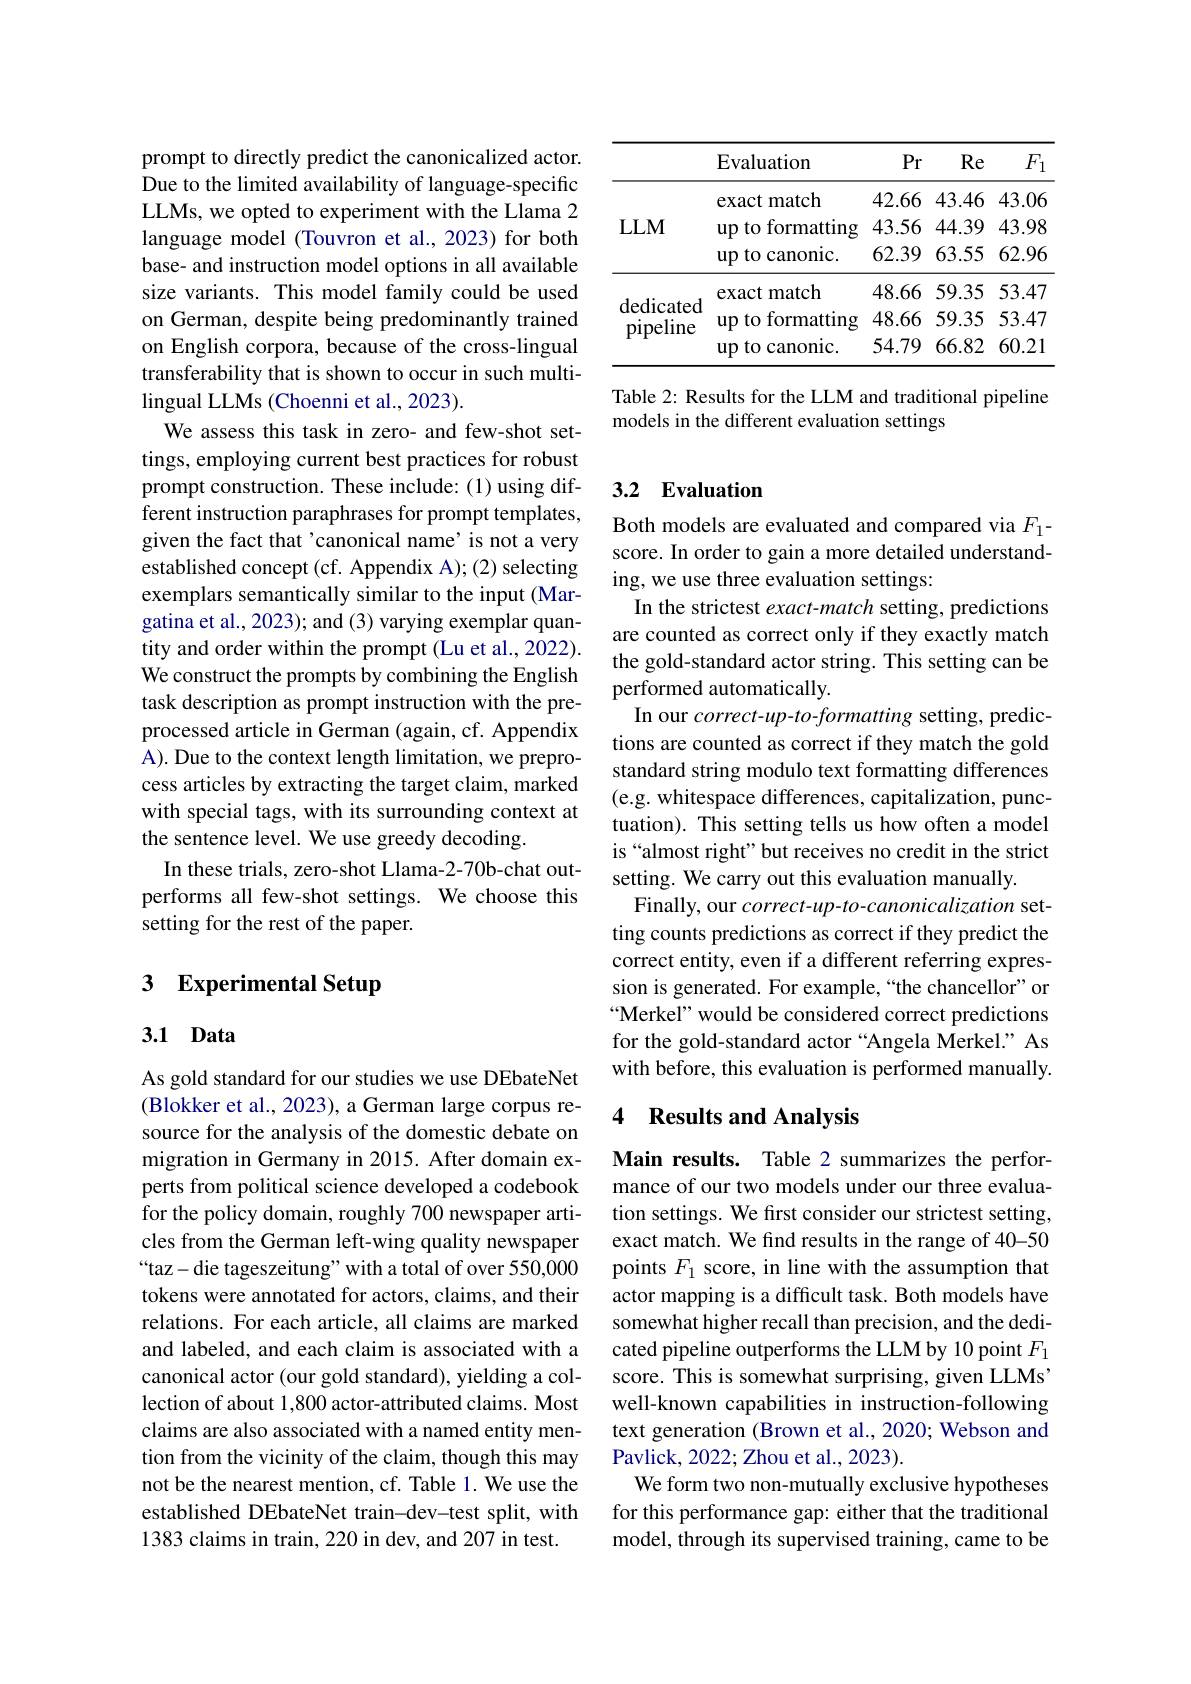
prompt to directly predict the canonicalized actor. Due to the limited availability of language-specific LLMs, we opted to experiment with the Llama 2 language model (Touvron et al., 2023) for both base- and instruction model options in all available size variants. This model family could be used on German, despite being predominantly trained on English corpora, because of the cross-lingual transferability that is shown to occur in such multilingual LLMs (Choenni et al., 2023).
We assess this task in zero- and few-shot settings, employing current best practices for robust prompt construction. These include: (1) using different instruction paraphrases for prompt templates, given the fact that'canonical name’is not a very established concept (cf. Appendix A);(2) selecting exemplars semantically similar to the input (Margatina et al., 2023); and (3) varying exemplar quantity and order within the prompt (Lu et al., 2022). We construct the prompts by combining the English task description as prompt instruction with the preprocessed article in German (again, cf. Appendix A). Due to the context length limitation, we preprocess articles by extracting the target claim, marked with special tags, with its surrounding context at the sentence level. We use greedy decoding.
In these trials, zero-shot Llama-2-70b-chat outperforms all few-shot settings. We choose this setting for the rest of the paper.

# 3 Experimental Setup

## 3.1 Data

As gold standard for our studies we use DEbateNet (Blokker et al., 2023), a German large corpus resource for the analysis of the domestic debate on migration in Germany in 2015. After domain experts from political science developed a codebook for the policy domain, roughly 700 newspaper articles from the German left-wing quality newspaper “taz- die tageszeitung” with a total of over 550,000 tokens were annotated for actors, claims, and their relations. For each article, all claims are marked and labeled, and each claim is associated with a canonical actor (our gold standard), yielding a collection of about 1,800 actor-attributed claims. Most claims are also associated with a named entity mention from the vicinity of the claim, though this may not be the nearest mention, cf. Table 1. We use the established DEbateNet train-dev-test split, with 1383 claims in train, 220 in dev, and 207 in test.

<table>
	<tbody>
		<tr>
			<th> </th>
			<th>Evaluation</th>
			<th>$Pr$</th>
			<th>Re</th>
			<th>$F_{1}$ </th>
		</tr>
		<tr>
			<td rowspan="3">$LLM$</td>
			<td>exact match</td>
			<td>42.66</td>
			<td>43.46</td>
			<td>43.06</td>
		</tr>
		<tr>
			<td>)to formatting $up$ 1 1</td>
			<td>43.56</td>
			<td>44.39</td>
			<td>43.98</td>
		</tr>
		<tr>
			<td>$up$ to canonic.</td>
			<td>62.39</td>
			<td>63.55</td>
			<td>62.96</td>
		</tr>
		<tr>
			<td> </td>
			<td>exact match</td>
			<td>48.66</td>
			<td>59.35</td>
			<td>53.47</td>
		</tr>
		<tr>
			<td rowspan="2">dedicated pipeline</td>
			<td>)to formatting $up$ 1 1</td>
			<td>48.66</td>
			<td>59.35</td>
			<td>53.47</td>
		</tr>
		<tr>
			<td>$up$ to canonic.</td>
			<td>54.79</td>
			<td>66.82</td>
			<td>60.21</td>
		</tr>
	</tbody>
</table>

Table 2: Results for the LLM and traditional pipeline
models in the different evaluation settings

## 3.2 Evaluation

Both models are evaluated and compared via $F_{1}$- score. In order to gain a more detailed understanding, we use three evaluation settings:
In the strictest exact-match setting, predictions are counted as correct only if they exactly match the gold-standard actor string. This setting can be performed automatically.
In our correct-up-to-formatting setting, predictions are counted as correct if they match the gold standard string modulo text formatting differences (e.g. whitespace differences, capitalization, punctuation). This setting tells us how often a model is “almost right”but receives no credit in the strict setting. We carry out this evaluation manually.
Finally, our correct-up-to-canonicalization setting counts predictions as correct if they predict the correct entity, even if a different referring expression is generated. For example,“the chancellor”or “Merkel” would be considered correct predictions for the gold-standard actor “Angela Merkel.” As with before, this evaluation is performed manually.

### 4 Results and Analysis

Main results. Table 2 summarizes the performance of our two models under our three evaluation settings. We first consider our strictest setting, exact match. We find results in the range of 40-50 points $F_1$ score, in line with the assumption that actor mapping is a difficult task. Both models have somewhat higher recall than precision, and the dedicated pipeline outperforms the LLM by 10 point $F_{1}$ score. This is somewhat surprising, given LLMs' well-known capabilities in instruction-following text generation (Brown et al., 2020; Webson and Pavlick, 2022; Zhou et al., 2023).
We form two non-mutually exclusive hypotheses for this performance gap: either that the traditional model, through its supervised training, came to be